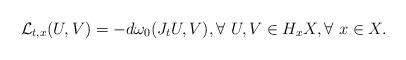
LaTeX: \begin{align*}\mathcal L_{t, x}(U, V)=-d\omega_0(J_tU, V), \forall~ U, V\in H_x X, \forall~x\in X.\end{align*}